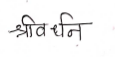
मजकूर: श्रीवर्धन